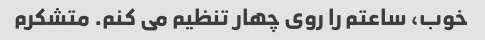
خوب، ساعتم را روی چهار تنظیم می کنم. متشکرم